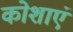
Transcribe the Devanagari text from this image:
कोशाएं